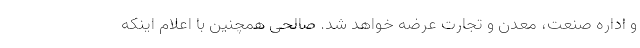
و اداره صنعت، معدن و تجارت عرضه خواهد شد. صالحی همچنین با اعلام اینکه